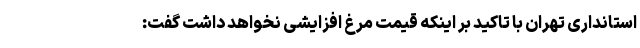
استانداری تهران با تاکید بر اینکه قیمت مرغ افزایشی نخواهد داشت گفت: